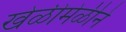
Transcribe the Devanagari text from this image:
खेळीमेळीने